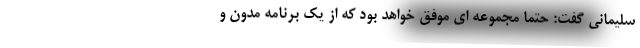
سلیمانی گفت: حتما مجموعه ای موفق خواهد بود که از یک برنامه مدون و